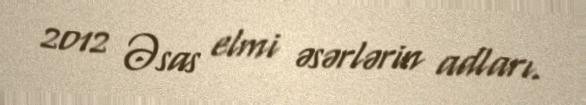
2012 Əsas elmi əsərlərin adları.